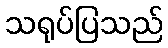
သရုပ်ပြသည်